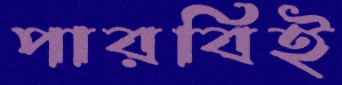
পারবিই